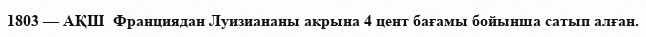
1803 — АҚШ  Франциядан Луизиананы акрына 4 цент бағамы бойынша сатып алған.